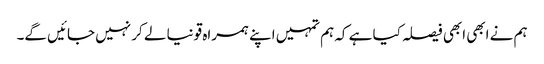
ہم نے ابھی ابھی فیصلہ کیا ہے کہ ہم تمہیں اپنے ہمراہ قونیا لے کر نہیں جائیں گے۔